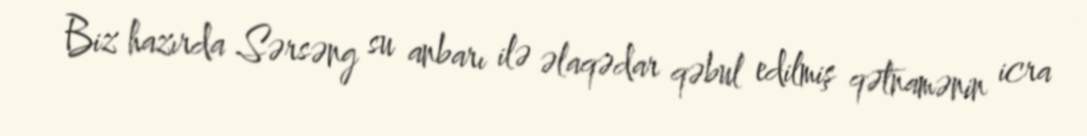
Biz hazırda Sərsəng su anbarı ilə əlaqədar qəbul edilmiş qətnamənin icra